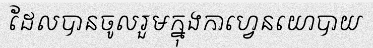
ដែលបានចូលរួមក្នុងកាហ្វេនយោបាយ